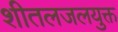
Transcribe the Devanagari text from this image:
शीतलजलयुक्त